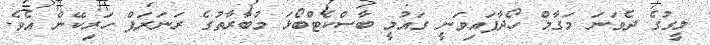
ލީގުގެ ދެވަނަ މަގާމް ހޯދާފައިވަނީ ގައުމީ ބާސްކެޓްބޯޅަ މުބާރާތުގެ ރަނަރަޕް ހަރިކޭން އެވެ.